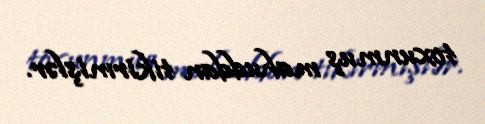
toxunmuş mahuddan tikirmişlər.